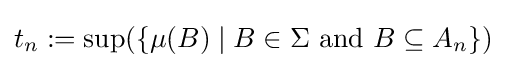
t_{n}:=\sup(\{\mu (B)\mid B\in \Sigma ~{\text{and}}~B\subseteq A_{n}\})